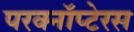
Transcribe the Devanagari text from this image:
परक्नॉप्टेरस